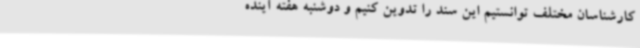
کارشناسان مختلف توانستیم این سند را تدوین کنیم و دوشنبه هفته آینده